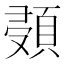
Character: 𩒸